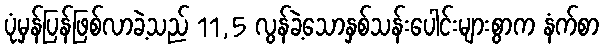
ပုံမှန်ပြန်ဖြစ်လာခဲ့သည် 11,5 လွန်ခဲ့သောနှစ်သန်းပေါင်းများစွာက နံက်စာ